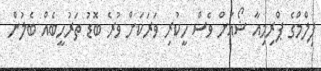
ފިލްމްގެ ޕްރިމިއާ ޝޯއަށް ވެސް ހީކުރި ވަރަކަށް ވުރެ ބޮޑު ތަރުހީބެއް ބެލުން